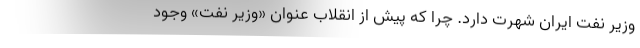
وزیر نفت ایران شهرت دارد. چرا که پیش از انقلاب عنوان «وزیر نفت» وجود